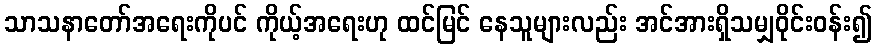
သာသနာတော်အရေးကိုပင် ကိုယ့်အရေးဟု ထင်မြင် နေသူများလည်း အင်အားရှိသမျှဝိုင်းဝန်း၍